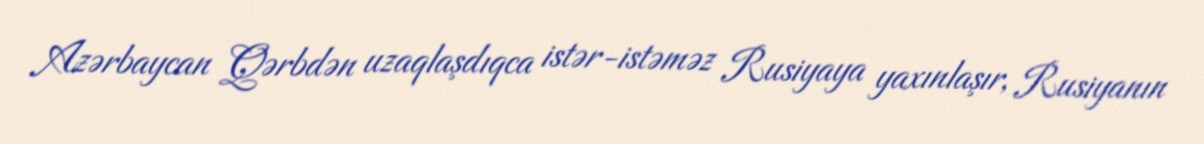
Azərbaycan Qərbdən uzaqlaşdıqca istər-istəməz Rusiyaya yaxınlaşır, Rusiyanın